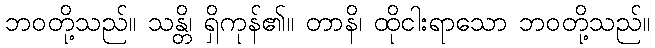
ဘဝတို့သည်။ သန္တိ၊ ရှိကုန်၏။ တာနိ၊ ထိုငါးရာသော ဘဝတို့သည်။